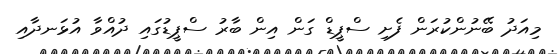
މިއަދު ބޭނުންކުރަން ފެށި ސްޕީޑް ގަން އިން ބާރު ސްޕީޑުގައި ދުއްވާ އުޅަނދާއި